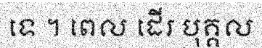
ទេ ។ ពេល ដើរ បុគ្គល